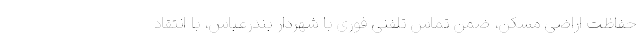
حفاظت اراضی مسکن، ضمن تماس تلفنی فوری با شهردار بندرعباس، با انتقاد